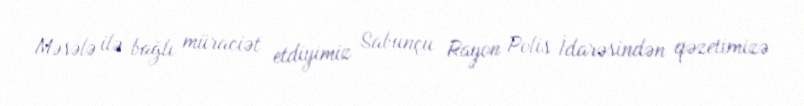
Məsələ ilə bağlı müraciət etdiyimiz Sabunçu Rayon Polis İdarəsindən qəzetimizə